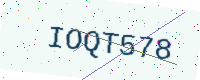
Text: IOQT578